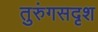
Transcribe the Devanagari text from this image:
तुरुंगसदृश